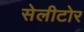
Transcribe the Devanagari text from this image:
सेलीटोर